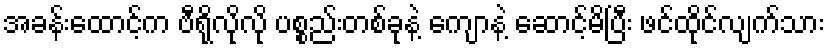
အခန်းထောင့်က ဗီရိုလိုလို ပစ္စည်းတစ်ခုနဲ့ ကျောနဲ့ ဆောင့်မိပြီး ဖင်ထိုင်လျက်သား